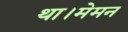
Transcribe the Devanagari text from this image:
था।मेमन